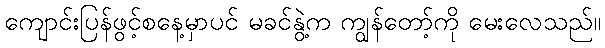
ကျောင်းပြန်ဖွင့်စနေ့မှာပင် မခင်နွဲ့က ကျွန်တော့်ကို မေးလေသည်။